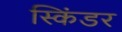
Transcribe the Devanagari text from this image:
स्किंडर